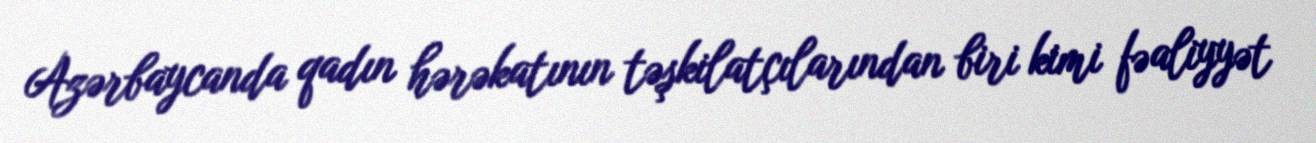
Azərbaycanda qadın hərəkatının təşkilatçılarından biri kimi fəaliyyət